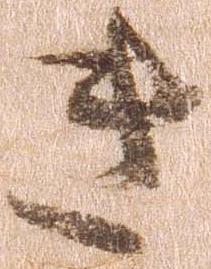
き